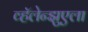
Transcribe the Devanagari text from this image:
व्हॅलेन्झुएला